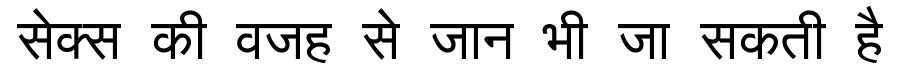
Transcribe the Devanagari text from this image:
सेक्स की वजह से जान भी जा सकती है